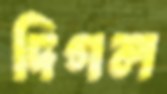
দিগল